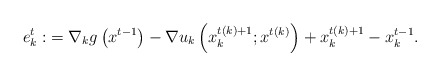
\begin{align*}e^t_k:&=\nabla_kg\left(x^{t-1}\right)-\nabla u_k\left(x^{t(k)+1}_k; x^{t(k)}\right)+x^{t(k)+1}_k-x_k^{t-1}.\end{align*}